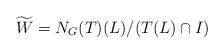
LaTeX: \begin{align*}\widetilde W = N_G(T)(L) / (T(L)\cap I)\end{align*}